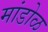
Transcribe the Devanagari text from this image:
मांडोळ